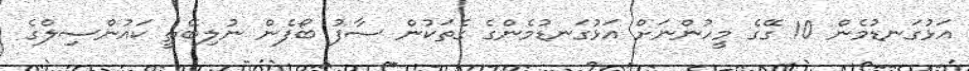
އަޅުގަނޑުމެން 10 ގޭގެ މީހުންނަށް އަޅުގަނޑުމެންގެ ގެތަކުން ސާފު ބޯފެން ނުލިބޭތީ ކައުންސިލްގެ